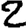
Digit: 2